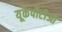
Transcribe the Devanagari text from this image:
यूकेपीटीओ